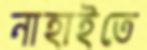
নাহাইতে